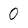
Character: 0